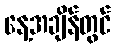
နေ့အချိန်တွင်